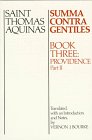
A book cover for Summa Contra Gentiles: Book Three: Providence: Part II; St. Thomas Aquinas; Politics & Social Sciences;